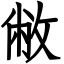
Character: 敝